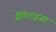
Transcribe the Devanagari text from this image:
सैनिटाइजर